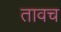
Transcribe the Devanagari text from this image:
तावच